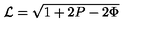
{ \cal L } = \sqrt { 1 + 2 P - 2 \Phi }